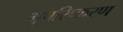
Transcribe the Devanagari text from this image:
भूपरिष्करण